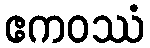
ဧကဝဿံ